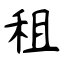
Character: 租